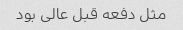
مثل دفعه قبل عالی بود